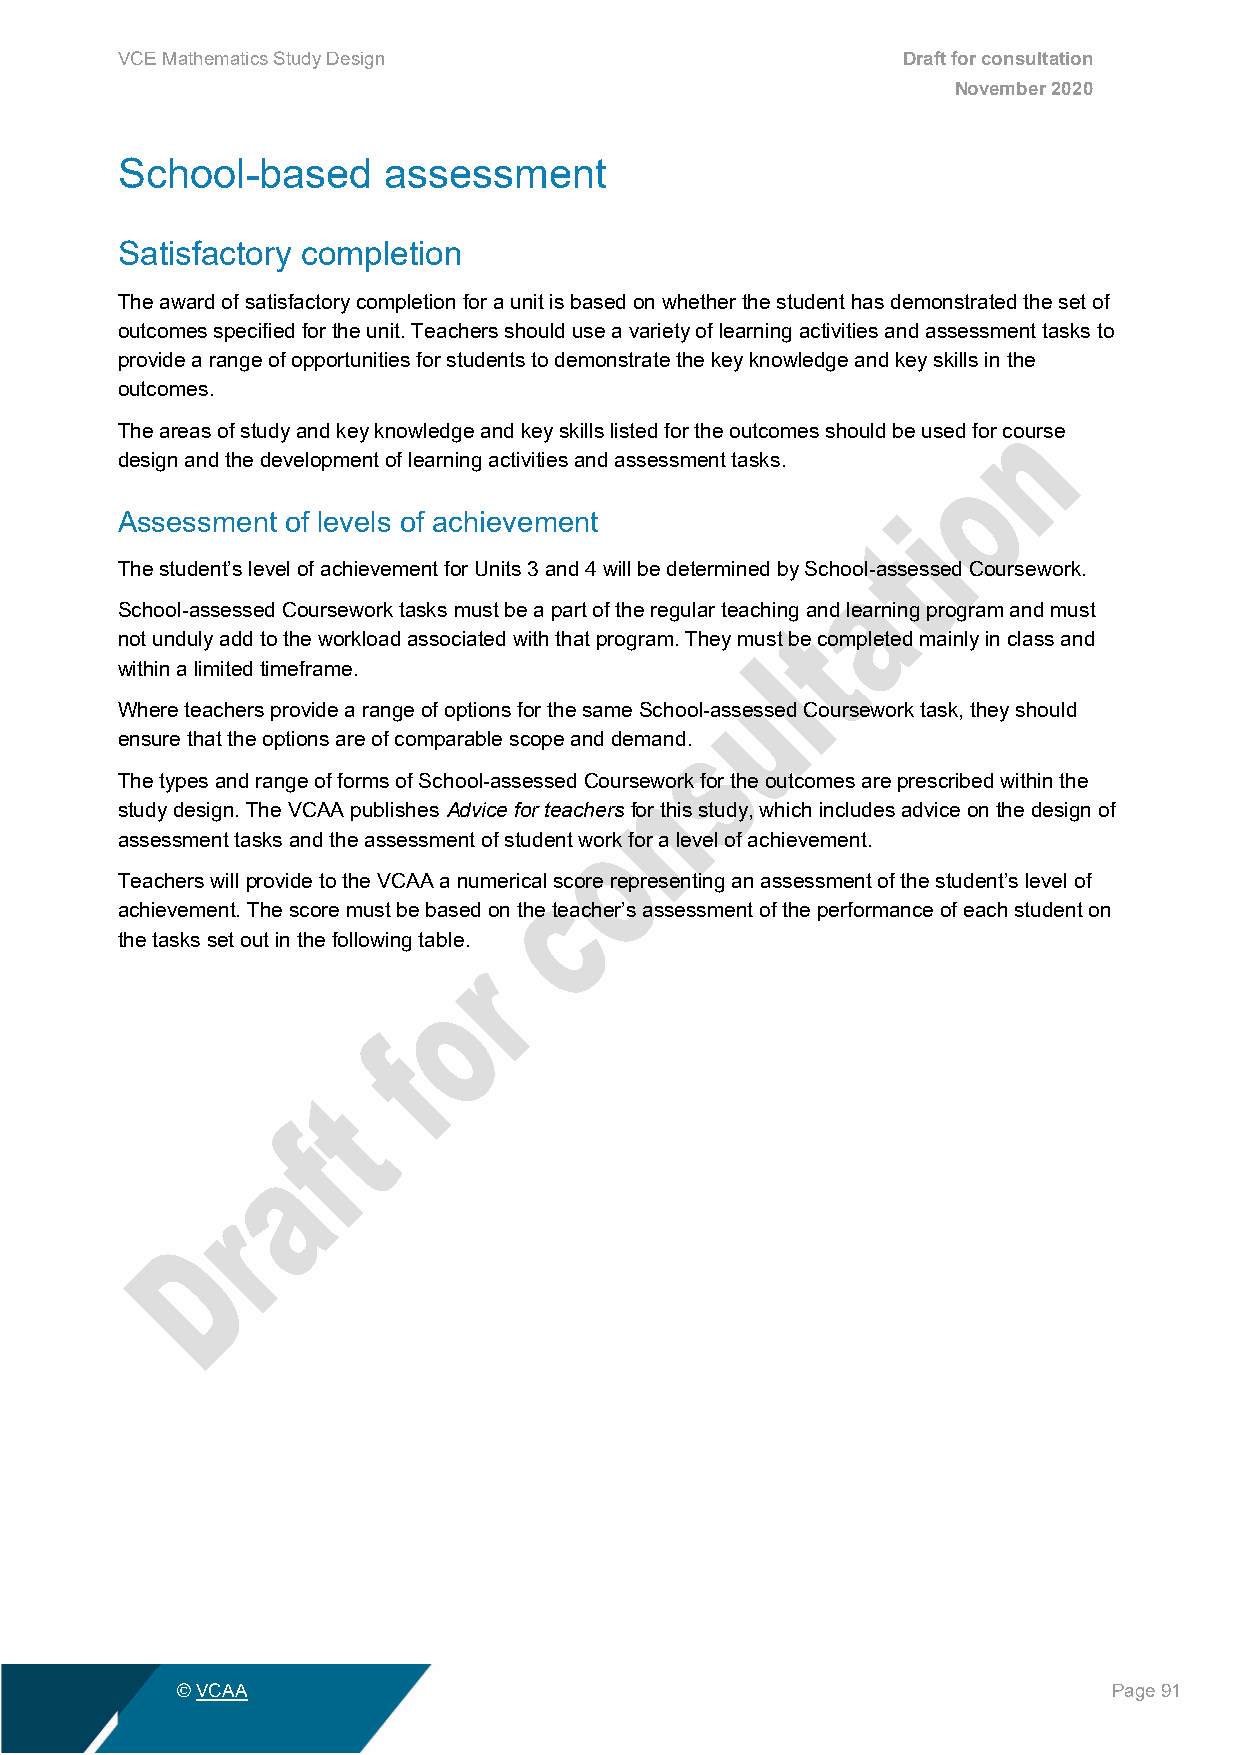
VCE Mathematics Study Design                        Draft for consultation
 November 2020
 School-based     assessment
 Satisfactory completion
 The award of satisfactory completion for a unit is based on whether the student has demonstrated the set of
 outcomes specified for the unit. Teachers should use a variety of learning activities and assessment tasks to
 provide a range of opportunities for students to demonstrate the key knowledge and key skills in the
 outcomes.
 The areas of study and key knowledge and key skills listed for the outcomes should be used for course
 design and the development of learning activities and assessment tasks.
 Assessment of levels of achievement
 The student’s level of achievement for Units 3 and 4 will be determined by School-assessed Coursework.
 School-assessed Coursework tasks must be a part of the regular teaching and learning program and must
 not unduly add to the workload associated with that program. They must be completed mainly in class and
 within a limited timeframe.
 Where teachers provide a range of options for the same School-assessed Coursework task, they should
 ensure that the options are of comparable scope and demand.
 The types and range of forms of School-assessed Coursework for the outcomes are prescribed within the
 study design. The VCAA publishes Advice for teachers for this study, which includes advice on the design of
 assessment tasks and the assessment of student work for a level of achievement.
 Teachers will provide to the VCAA a numerical score representing an assessment of the student’s level of
 achievement. The score must be based on the teacher’s assessment of the performance of each student on
 the tasks set out in the following table.
 © VCAA                                                        Page 91